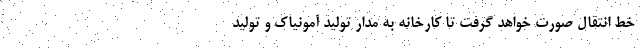
خط انتقال صورت خواهد گرفت تا کارخانه به مدار تولید آمونیاک و تولید